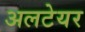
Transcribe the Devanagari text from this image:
अलटेयर